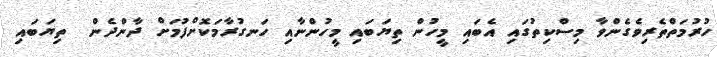
ހުރުމަތްތެރިވެގެންވާ މިސްކިތުގައި އެބައި މީހުން ތިޔަބައި މީހުންނާއި ހަނގުރާމަކޮށްފުމަށް ދާންދެން  ތިޔަބައި